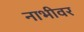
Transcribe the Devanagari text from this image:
नाभीवर